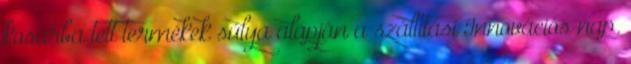
kosárba tett termékek súlya alapján a szállítási Innovációs nap.